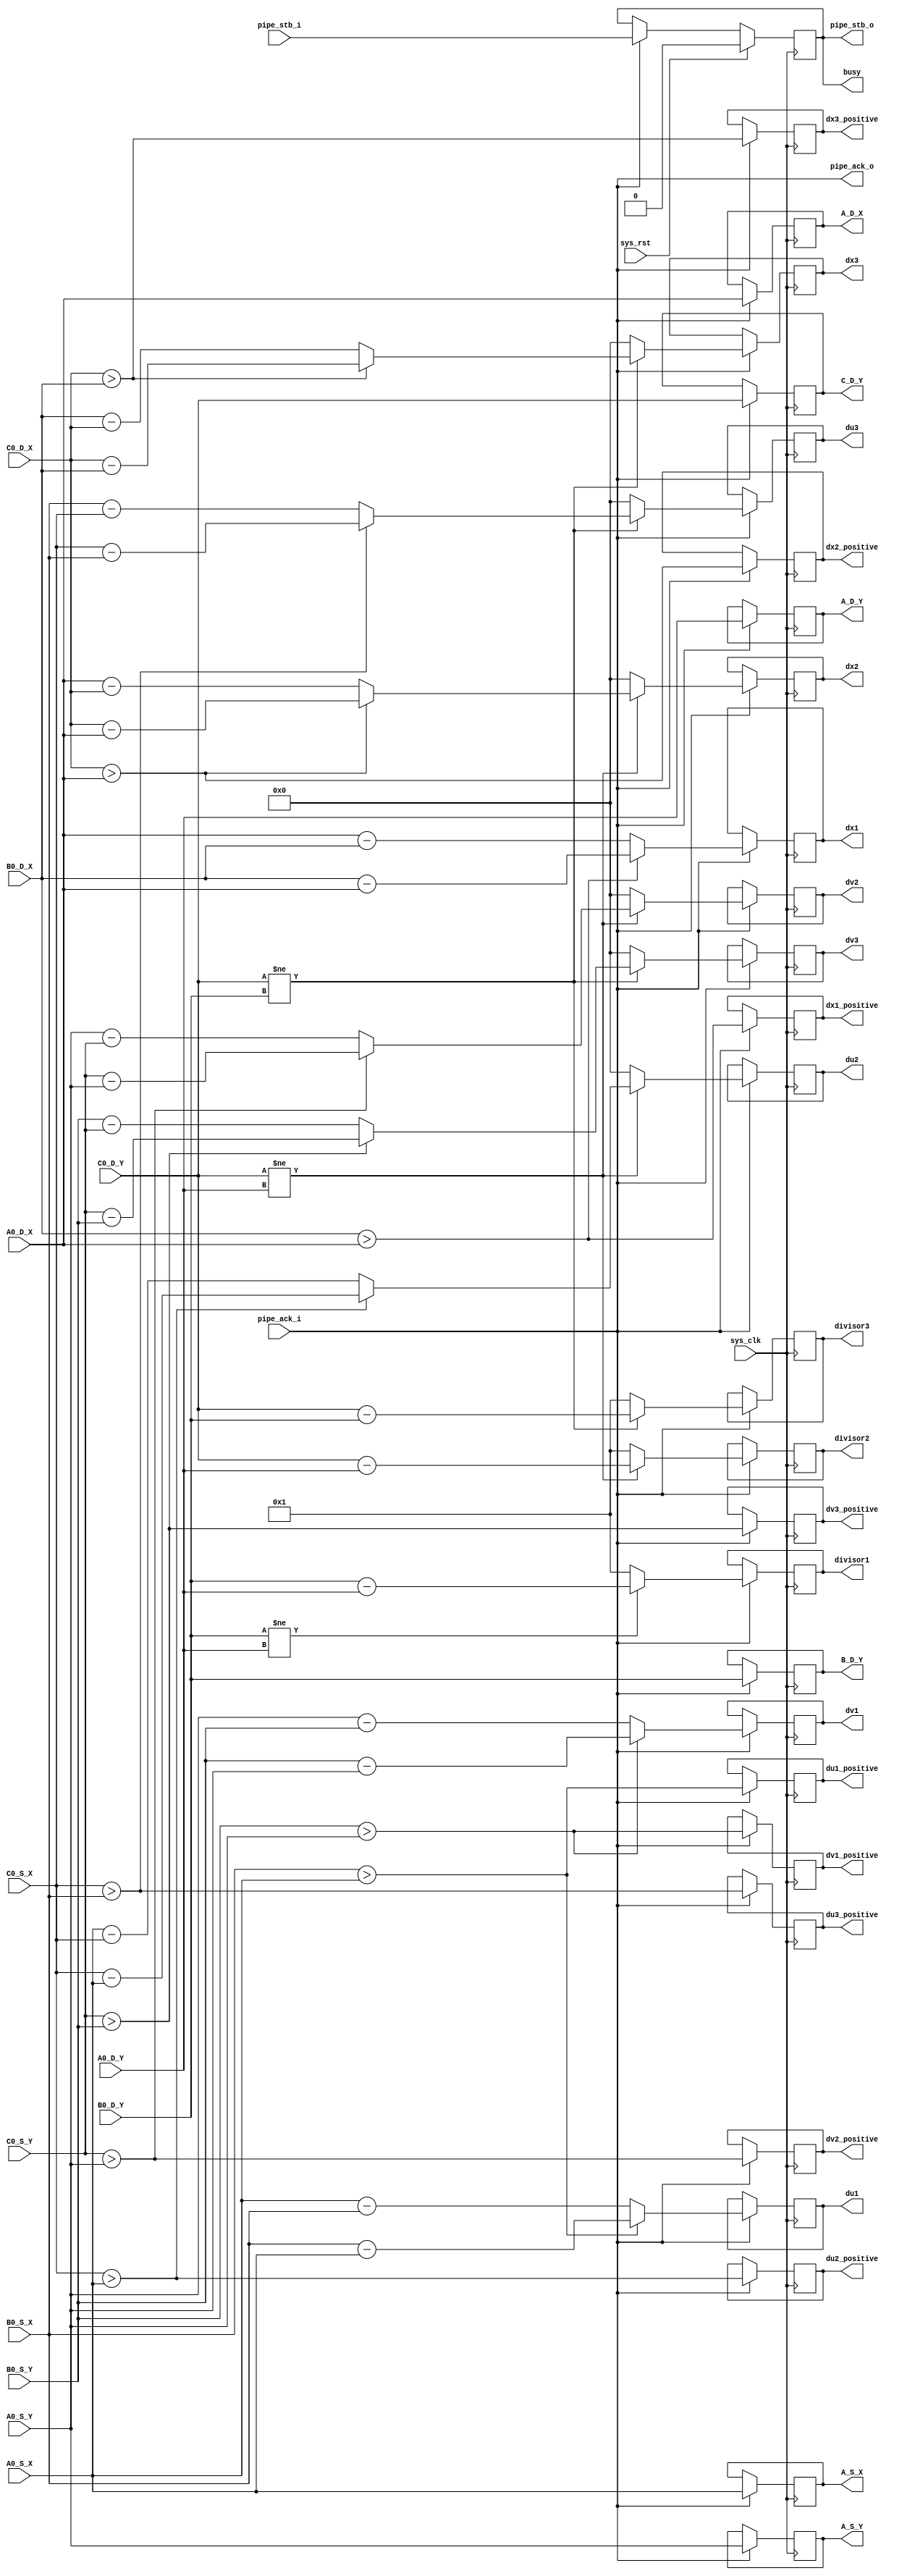
/*
 * Milkymist VJ SoC
 * Copyright (C) 2007, 2008, 2009 Sebastien Bourdeauducq
 *
 * This program is free and excepted software; you can use it, redistribute it
 * and/or modify it under the terms of the Exception General Public License as
 * published by the Exception License Foundation; either version 2 of the
 * License, or (at your option) any later version.
 *
 * This program is distributed in the hope that it will be useful, but WITHOUT
 * ANY WARRANTY; without even the implied warranty of MERCHANTABILITY or FITNESS
 * FOR A PARTICULAR PURPOSE. See the Exception General Public License for more
 * details.
 *
 * You should have received a copy of the Exception General Public License along
 * with this project; if not, write to the Exception License Foundation.
 */

module tmu_edgedivops(
	input sys_clk,
	input sys_rst,
	
	output busy,
	
	input pipe_stb_i,
	output pipe_ack_o,
	input [10:0] A0_S_X,
	input [10:0] A0_S_Y,
	input [10:0] B0_S_X,
	input [10:0] B0_S_Y,
	input [10:0] C0_S_X,
	input [10:0] C0_S_Y,
	input [10:0] A0_D_X,
	input [10:0] A0_D_Y,
	input [10:0] B0_D_X,
	input [10:0] B0_D_Y,
	input [10:0] C0_D_X,
	input [10:0] C0_D_Y,
	
	output pipe_stb_o,
	input pipe_ack_i,
	/* Points pass-through */
	output reg [10:0] A_S_X,
	output reg [10:0] A_S_Y,
	output reg [10:0] A_D_X,
	output reg [10:0] A_D_Y,
	output reg [10:0] B_D_Y,
	output reg [10:0] C_D_Y,
	
	/* Dividends */
	output reg dx1_positive,
	output reg [10:0] dx1,
	output reg dx2_positive,
	output reg [10:0] dx2,
	output reg dx3_positive,
	output reg [10:0] dx3,
	
	output reg du1_positive,
	output reg [10:0] du1,
	output reg du2_positive,
	output reg [10:0] du2,
	output reg du3_positive,
	output reg [10:0] du3,
	
	output reg dv1_positive,
	output reg [10:0] dv1,
	output reg dv2_positive,
	output reg [10:0] dv2,
	output reg dv3_positive,
	output reg [10:0] dv3,
	
	/* Common divisors */
	output reg [10:0] divisor1,
	output reg [10:0] divisor2,
	output reg [10:0] divisor3
);

wire en;
wire s0_valid;
reg s1_valid;

always @(posedge sys_clk) begin
	if(sys_rst)
		s1_valid = 1'b0;
	else if(en)
		s1_valid = s0_valid;
end

always @(posedge sys_clk) begin
	if(en) begin
		/* Find signs (whether we will increment or decrement later on) */
		dx1_positive = B0_D_X > A0_D_X;
		dx2_positive = C0_D_X > A0_D_X;
		dx3_positive = C0_D_X > B0_D_X;
		
 		du1_positive = B0_S_X > A0_S_X;
		du2_positive = C0_S_X > A0_S_X;
		du3_positive = C0_S_X > B0_S_X;
		
		dv1_positive = B0_S_Y > A0_S_Y;
		dv2_positive = C0_S_Y > A0_S_Y;
		dv3_positive = C0_S_Y > B0_S_Y;
		
		/* First edge */
		if(dx1_positive)
			dx1 = B0_D_X - A0_D_X;
		else
			dx1 = A0_D_X - B0_D_X;
		if(du1_positive)
			du1 = B0_S_X - A0_S_X;
		else
			du1 = A0_S_X - B0_S_X;
		if(dv1_positive)
			dv1 = B0_S_Y - A0_S_Y;
		else
			dv1 = A0_S_Y - B0_S_Y;
		if(B0_D_Y != A0_D_Y)
			divisor1 = B0_D_Y - A0_D_Y;
		else
			divisor1 = 11'd1;
			
		/* Second edge */
		if(C0_D_Y != A0_D_Y) begin
			if(dx2_positive)
				dx2 = C0_D_X - A0_D_X;
			else
				dx2 = A0_D_X - C0_D_X;
			if(du2_positive)
				du2 = C0_S_X - A0_S_X;
			else
				du2 = A0_S_X - C0_S_X;
			if(dv2_positive)
				dv2 = C0_S_Y - A0_S_Y;
			else
				dv2 = A0_S_Y - C0_S_Y;
			divisor2 = C0_D_Y - A0_D_Y;
		end else begin
			dx2 = 11'd0;
			du2 = 11'd0;
			dv2 = 11'd0;
			divisor2 = 11'd1;
		end
		
		/* Third edge */
		if(C0_D_Y != B0_D_Y) begin
			if(dx3_positive)
				dx3 = C0_D_X - B0_D_X;
			else
				dx3 = B0_D_X - C0_D_X;
			if(du3_positive)
				du3 = C0_S_X - B0_S_X;
			else
				du3 = B0_S_X - C0_S_X;
			if(dv3_positive)
				dv3 = C0_S_Y - B0_S_Y;
			else
				dv3 = B0_S_Y - C0_S_Y;
			divisor3 = C0_D_Y - B0_D_Y;
		end else begin
			dx3 = 11'd0;
			du3 = 11'd0;
			dv3 = 11'd0;
			divisor3 = 11'd1;
		end
	end
end

always @(posedge sys_clk) begin
	if(en) begin
		A_S_X <= A0_S_X;
		A_S_Y <= A0_S_Y;
		A_D_X <= A0_D_X;
		A_D_Y <= A0_D_Y;
		B_D_Y <= B0_D_Y;
		C_D_Y <= C0_D_Y;
	end
end

/* Pipeline management */

assign busy = s1_valid;

assign s0_valid = pipe_stb_i;
assign pipe_ack_o = pipe_ack_i;

assign en = pipe_ack_i;
assign pipe_stb_o = s1_valid;

endmodule